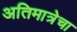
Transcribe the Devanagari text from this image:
अतिमात्रेचा